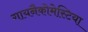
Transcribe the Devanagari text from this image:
गायनैकोमेस्टिया